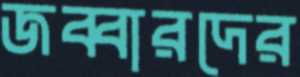
জব্বারদের